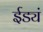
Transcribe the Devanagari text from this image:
ईड्यं